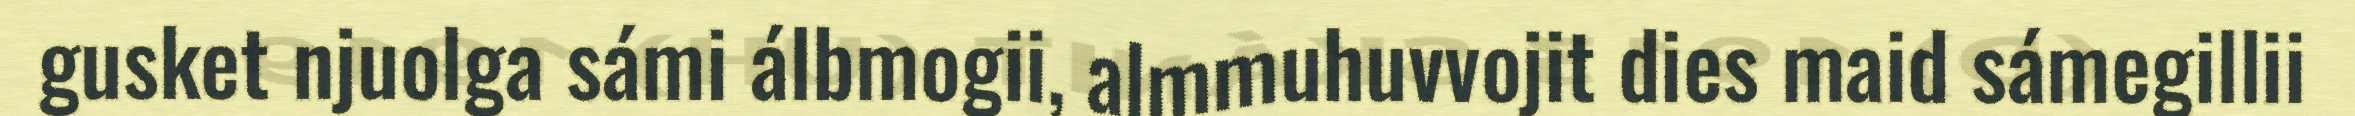
gusket njuolga sámi álbmogii, almmuhuvvojit dies maid sámegillii